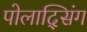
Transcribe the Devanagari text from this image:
पोलाद्सिंग